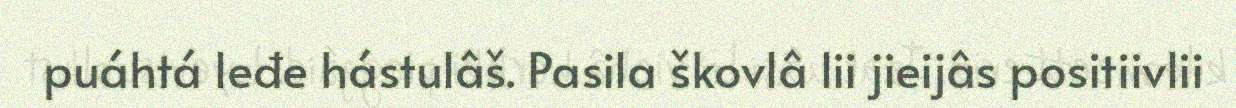
puáhtá leđe hástulâš. Pasila škovlâ lii jieijâs positiivlii